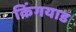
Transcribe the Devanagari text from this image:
किंगयाड